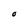
Character: O